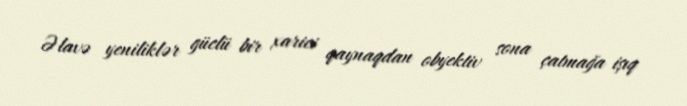
Əlavə yeniliklər güclü bir xarici qaynaqdan obyektiv sona çatmağa işıq